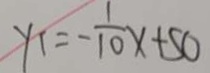
y 1 = - \frac { 1 } { 1 0 } x + 5 0